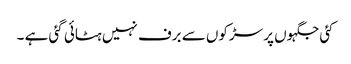
کئی جگہوں پر سڑکوں سے برف نہیں ہٹائی گئی ہے ۔